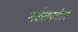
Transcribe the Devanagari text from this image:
सर्कलपर्यंतचे